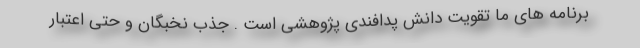
برنامه های ما تقویت دانش پدافندی پژوهشی است . جذب نخبگان و حتی اعتبار